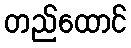
တည်ထောင်